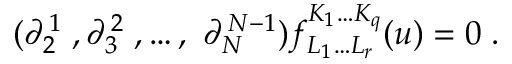
( \partial _ { 2 } ^ { \, 1 } \; , \partial _ { 3 } ^ { \, 2 } \; , \ldots , \ \partial _ { N } ^ { \, N - 1 } ) f _ { L _ { 1 } \ldots L _ { r } } ^ { K _ { 1 } \ldots K _ { q } } ( u ) = 0 \; .